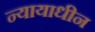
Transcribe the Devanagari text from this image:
न्यायाधीन